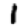
Digit: 1